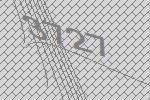
3727